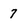
Character: 7